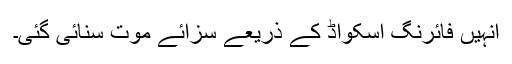
اُنہیں فائرنگ اسکواڈ کے ذریعے سزائے موت سنائی گئی۔